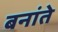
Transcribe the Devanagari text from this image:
बनांते